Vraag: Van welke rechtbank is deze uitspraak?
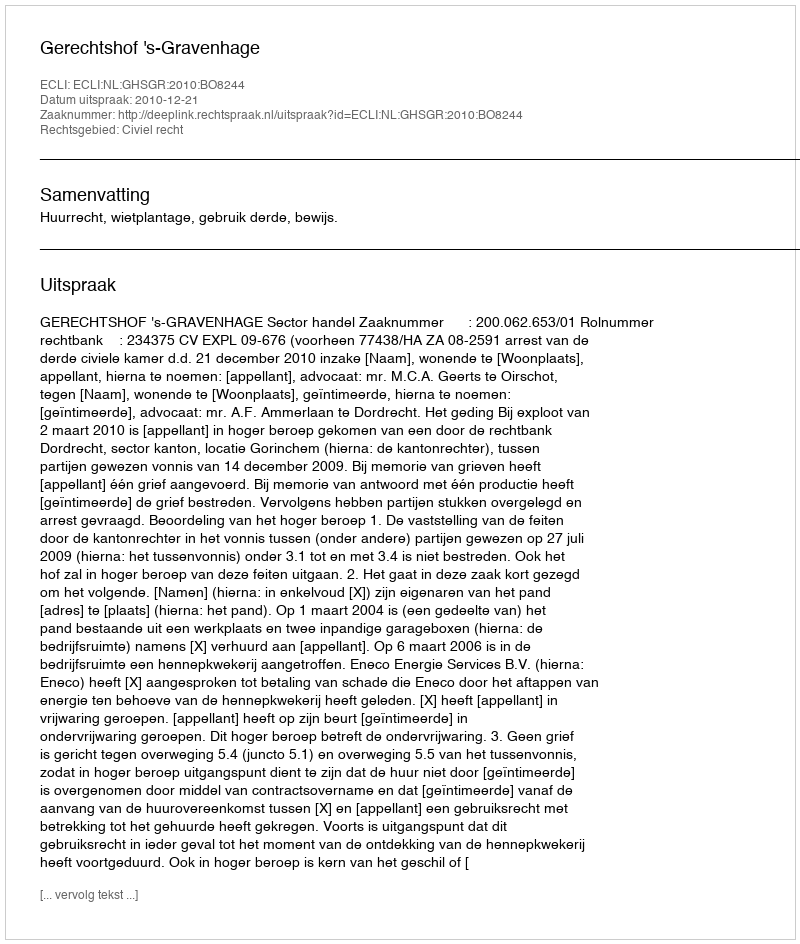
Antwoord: Gerechtshof 's-Gravenhage